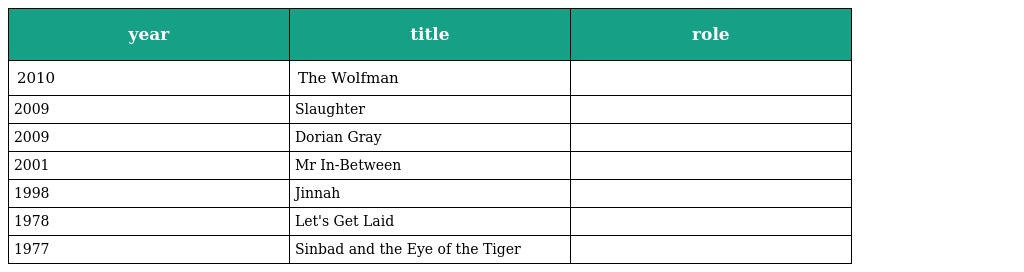
| year | title | role |
 | --- | --- | --- |
 | 2010 | The Wolfman |  |
 | 2009 | Slaughter |  |
 | 2009 | Dorian Gray |  |
 | 2001 | Mr In-Between |  |
 | 1998 | Jinnah |  |
 | 1978 | Let's Get Laid |  |
 | 1977 | Sinbad and the Eye of the Tiger |  |